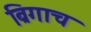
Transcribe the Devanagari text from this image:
ब्रिगाच